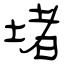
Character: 堵